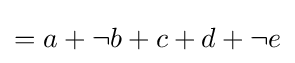
{\textstyle =a+\neg b+c+d+\neg e}